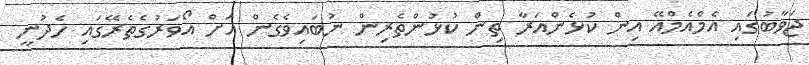
ޖަވާބުގައި އެމްއެމްއޭ އިން ކުޅެންއަރާ ތިން ކުޅުންތެރިން ނުބައިވެގެން އަށް އޯވަރުގެތެރޭގައި ހެދުނީ